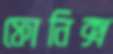
ফোনিক্স